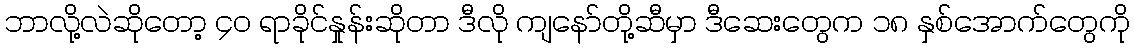
ဘာလို့လဲဆိုတော့ ၄၀ ရာခိုင်နှုန်းဆိုတာ ဒီလို ကျနော်တို့ဆီမှာ ဒီဆေးတွေက ၁၈ နှစ်အောက်တွေကို